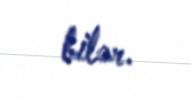
bilər.